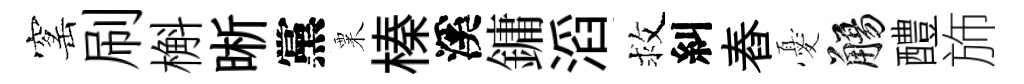
窰刷槲晰黨粟榛溪鏞滔救糾舂憂觴醴斾